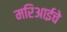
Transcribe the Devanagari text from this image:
मरिआईचे